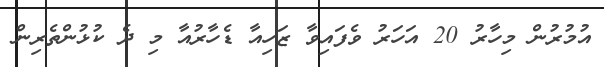
އުމުރުން މިހާރު 20 އަހަރު ވެފައިވާ ޒަހިއާ ޑެހާރުއާ މި ދެ ކުޅުންތެރިން